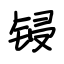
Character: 锓